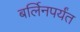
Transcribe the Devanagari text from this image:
बर्लिनपर्यंत